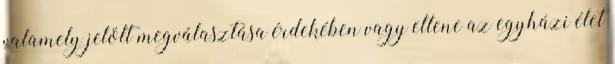
valamely jelölt megválasztása érdekében vagy ellene az egyházi élet